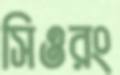
সিওরং